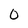
Character: 0